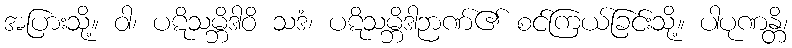
အပြားသို့။ ဝါ၊ ပဋိသမ္ဘိဒါဝိ သဒံ၊ ပဋိသမ္ဘိဒါဉာဏ်၏ စင်ကြယ်ခြင်းသို့။ ပါပုဏန္တိ၊